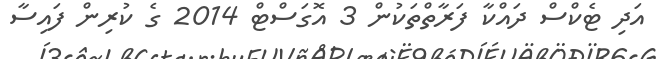
އަދި ޓެކްސް ދައްކާ ފަރާތްތަކުން 3 އޮގަސްޓް 2014 ގެ ކުރިން ފައިސާ